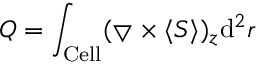
Q = \int _ { \mathrm { { C e l l } } } ( { \bigtriangledown \times \langle { \boldsymbol { S } } \rangle } ) _ { z } \mathrm { { d } } ^ { 2 } r